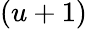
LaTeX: (u+1)